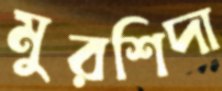
মুরশিদা